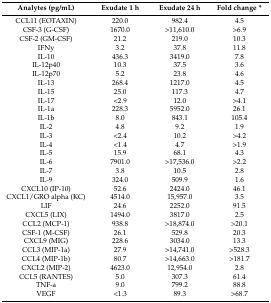
<table><thead><tr><td><b>Analytes (pg/mL)</b></td><td><b>Exudate 1 h</b></td><td><b>Exudate 24 h</b></td><td><b>Fold change *</b></td></tr></thead><tbody><tr><td>CCL11 (EOTAXIN)</td><td>220.0</td><td>982.4</td><td>4.5</td></tr><tr><td>CSF-3 (G-CSF)</td><td>1670.0</td><td>&gt;11,610.0</td><td>&gt;6.9</td></tr><tr><td>CSF-2 (GM-CSF)</td><td>21.2</td><td>219.0</td><td>10.3</td></tr><tr><td>IFNy</td><td>3.2</td><td>37.8</td><td>11.8</td></tr><tr><td>IL-10</td><td>436.3</td><td>3419.0</td><td>7.8</td></tr><tr><td>IL-12p40</td><td>10.3</td><td>37.5</td><td>3.6</td></tr><tr><td>IL-12p70</td><td>5.2</td><td>23.8</td><td>4.6</td></tr><tr><td>IL-13</td><td>268.4</td><td>1217.0</td><td>4.5</td></tr><tr><td>IL-15</td><td>25.0</td><td>117.3</td><td>4.7</td></tr><tr><td>IL-17</td><td>&lt;2.9</td><td>12.0</td><td>&gt;4.1</td></tr><tr><td>IL-1a</td><td>228.3</td><td>5952.0</td><td>26.1</td></tr><tr><td>IL-1b</td><td>8.0</td><td>843.1</td><td>105.4</td></tr><tr><td>IL-2</td><td>4.8</td><td>9.2</td><td>1.9</td></tr><tr><td>IL-3</td><td>&lt;2.4</td><td>10.2</td><td>&gt;4.2</td></tr><tr><td>IL-4</td><td>&lt;1.4</td><td>4.7</td><td>&gt;1.9</td></tr><tr><td>IL-5</td><td>15.9</td><td>68.1</td><td>4.3</td></tr><tr><td>IL-6</td><td>7901.0</td><td>&gt;17,536.0</td><td>&gt;2.2</td></tr><tr><td>IL-7</td><td>3.8</td><td>10.5</td><td>2.8</td></tr><tr><td>IL-9</td><td>324.0</td><td>509.9</td><td>1.6</td></tr><tr><td>CXCL10 (IP-10)</td><td>52.6</td><td>2424.0</td><td>46.1</td></tr><tr><td>CXCL1/GRO alpha (KC)</td><td>4514.0</td><td>15,957.0</td><td>3.5</td></tr><tr><td>LIF</td><td>24.6</td><td>2252.0</td><td>91.5</td></tr><tr><td>CXCL5 (LIX)</td><td>1494.0</td><td>3817.0</td><td>2.5</td></tr><tr><td>CCL2 (MCP-1) </td><td>938.8</td><td>&gt;18,874.0</td><td>&gt;20.1</td></tr><tr><td>CSF-1 (M-CSF)</td><td>26.1</td><td>529.8</td><td>20.3</td></tr><tr><td>CXCL9 (MIG)</td><td>228.6</td><td>3034.0</td><td>13.3</td></tr><tr><td>CCL3 (MIP-1a)</td><td>27.9</td><td>&gt;14,741.0</td><td>&gt;528.3</td></tr><tr><td>CCL4 (MIP-1b)</td><td>80.7</td><td>&gt;14,663.0</td><td>&gt;181.7</td></tr><tr><td>CXCL2 (MIP-2)</td><td>4623.0</td><td>12,954.0</td><td>2.8</td></tr><tr><td>CCL5 (RANTES)</td><td>5.0</td><td>307.3</td><td>61.4</td></tr><tr><td>TNF-a</td><td>9.0</td><td>799.2</td><td>88.8</td></tr><tr><td>VEGF</td><td>&lt;1.3</td><td>89.3</td><td>&gt;68.7</td></tr></tbody></table>